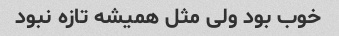
خوب بود ولی مثل همیشه تازه نبود